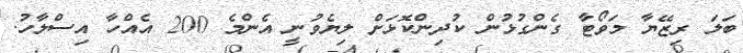
ބަލަ ރިޒޭޔާ މަވޯޓާ ގެންގުޅުން ކުދިންކޮޅަށް ލިޔެވުނީ އެންމެ 200 އެއްހާ އިސްލާހު.